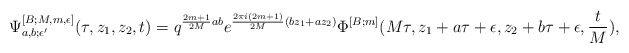
\begin{align*}\Psi^{[B;M,m,\epsilon]}_{a,b;\epsilon^\prime}(\tau,z_1,z_2,t)=q^{\frac{2m+1}{2M}ab} e^{\frac{2\pi i(2m+1)}{2M}(bz_1+az_2)} \Phi^{[B;m]}(M\tau,z_1+a\tau+\epsilon,z_2+b\tau+\epsilon,\frac{t}{M}),\end{align*}